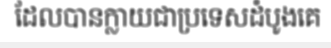
ដែលបានក្លាយជាប្រទេសដំបូងគេ